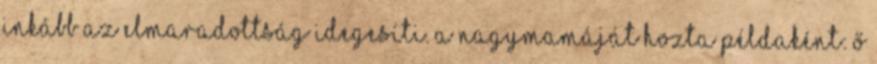
inkább az elmaradottság idegesíti. A nagymamáját hozta példaként: ő